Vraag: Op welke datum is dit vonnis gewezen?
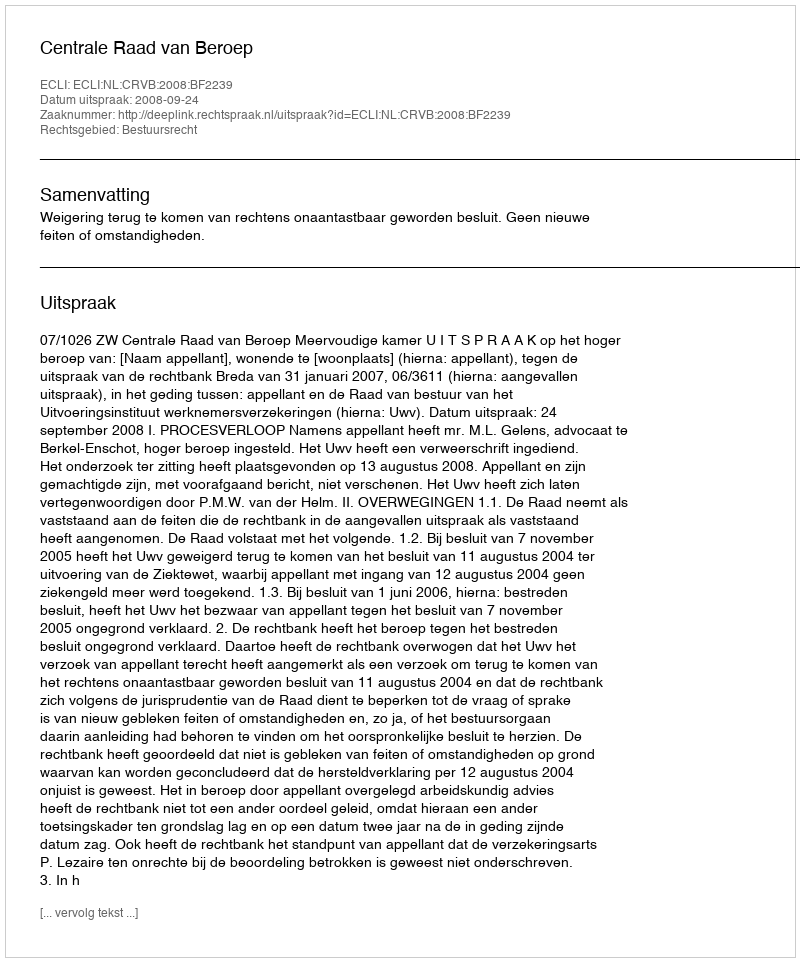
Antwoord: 2008-09-24